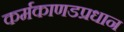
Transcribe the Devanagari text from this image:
कर्मकाणडप्रधान